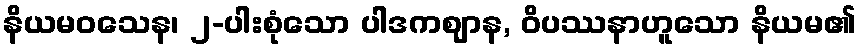
နိယမဝသေန၊ ၂-ပါးစုံသော ပါဒကဈာန, ဝိပဿနာဟူသော နိယမ၏